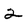
Character: 2